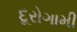
દૂરોગામી